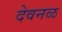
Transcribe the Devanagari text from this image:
देवनळ